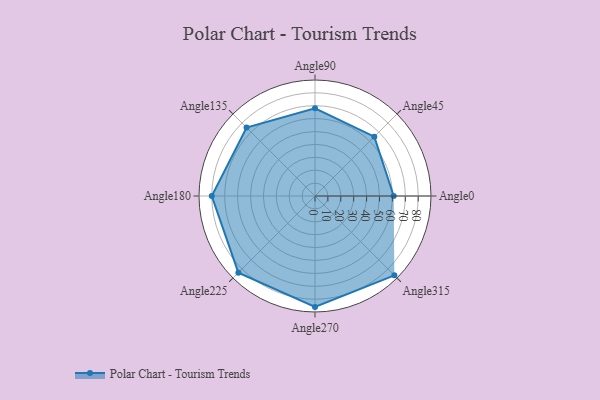
{"axis": {"x": "Angle", "y": "Radius"}, "legend": [""], "data": [{"x": "Angle0", "y": 61.0, "type": ""}, {"x": "Angle45", "y": 65.0, "type": ""}, {"x": "Angle90", "y": 68.0, "type": ""}, {"x": "Angle135", "y": 75.0, "type": ""}, {"x": "Angle180", "y": 80.0, "type": ""}, {"x": "Angle225", "y": 84.0, "type": ""}, {"x": "Angle270", "y": 86.0, "type": ""}, {"x": "Angle315", "y": 87.0, "type": ""}]}